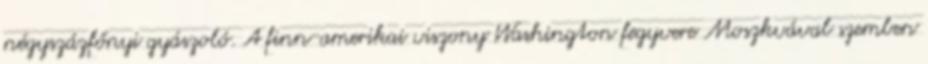
négyszázfőnyi gyászoló. A finn-amerikai viszony Washington fegyvere Moszkvával szemben